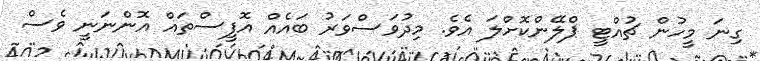
ގިނަ މީހުން ޗުއްޓީ ޕްލޭންކޮށްލަ އެވެ. މިދުވަސްވަރު ބައެއް އޮފީސްތައް އޮންނަނީ ވެސް